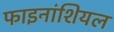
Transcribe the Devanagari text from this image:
फाइनांशियल